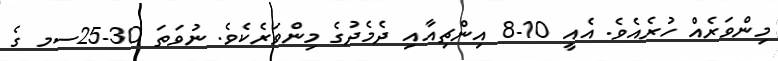
މިންވަރެއް ހުރެއެވެ. އެއީ 10-8 އިންޗިއާއި ދެމެދުގެ މިންވަރެކެވެ. ނުވަތަ 30-25ސމ ގެ